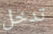
تدخل